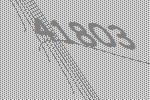
41803